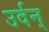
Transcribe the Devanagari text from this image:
उर्दन्